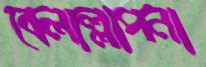
বেলাল্লাপনা